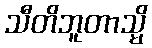
သီတိဘူတာသ္မိ